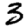
Digit: 3